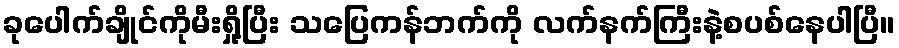
ခုပေါက်ချိုင်ကိုမီးရှို့ပြီး သပြေကန်ဘက်ကို လက်နက်ကြီးနဲ့စပစ်နေပါပြီ။